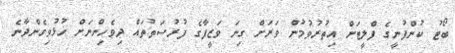
ބޯޓު ކުންފުނީގެ ފްލީޓަށް އިތުރުވުމުން ވަރަށް ގިނަ ވަޒީފާގެ ފުރުސަތުތައް ދިވެހިންނަށް ހުޅުވިގެންދާނެ